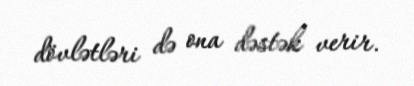
dövlətləri də ona dəstək verir.